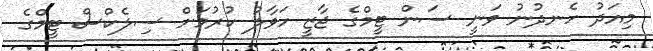
މިއަދު ހެނދުނު ވަނީ ސަން ޓީމްގެ ޖާޒީ ހަވާލު ކުރުމަށް ސިލެކްސް ޓީމްގެ